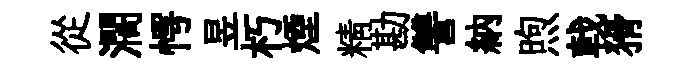
從濶愕昱朽煙精勘讐納煦戟猾